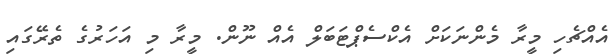
އެއްޗެހި މީރާ މެންނަކަށް އެކްސެޕްޓަބަލް އެއް ނޫން. މީރާ މި އަހަރުގެ ތެރޭގައި